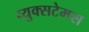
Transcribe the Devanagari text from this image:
व्युक्सटेम्प्स